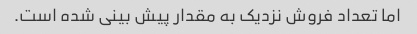
اما تعداد فروش نزدیک به مقدار پیش بینی شده است.